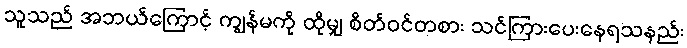
သူသည် အဘယ်ကြောင့် ကျွန်မကို ထိုမျှ စိတ်ဝင်တစား သင်ကြားပေးနေရသနည်း